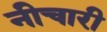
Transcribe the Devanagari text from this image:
नीचारी